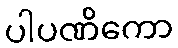
ပါပဏိကော